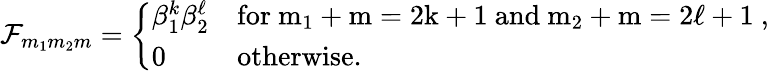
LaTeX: {\cal F}_{m_{1}m_{2}m}=\left\{ \begin{array}{ll}{{\beta_{1}^{k}\beta_{2}^{\ell}}}&{{\mathrm{for~m_{1}+m=2k+1~and~m_{2}+m=2\ell+1~,}}}\\ {{0}}&{{\mathrm{otherwise.}}}\end{array}\right.